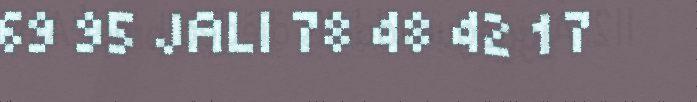
69 95 JALI 78 48 42 17